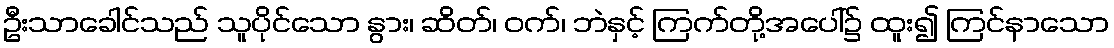
ဦးသာခေါင်သည် သူပိုင်သော နွား၊ ဆိတ်၊ ဝက်၊ ဘဲနှင့် ကြက်တို့အပေါ်၌ ထူး၍ ကြင်နာသော